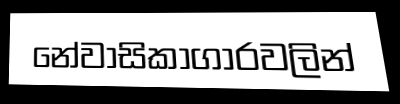
නේවාසිකාගාරවලින්